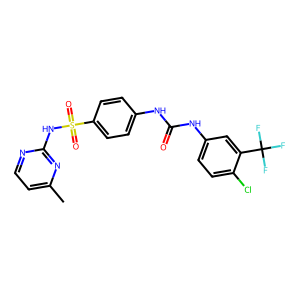
SMILES: Cc1ccnc(NS(=O)(=O)c2ccc(NC(=O)Nc3ccc(Cl)c(C(F)(F)F)c3)cc2)n1
Inhibits HIV replication: No